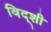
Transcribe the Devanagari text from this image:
विद्शी